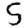
Digit: 5